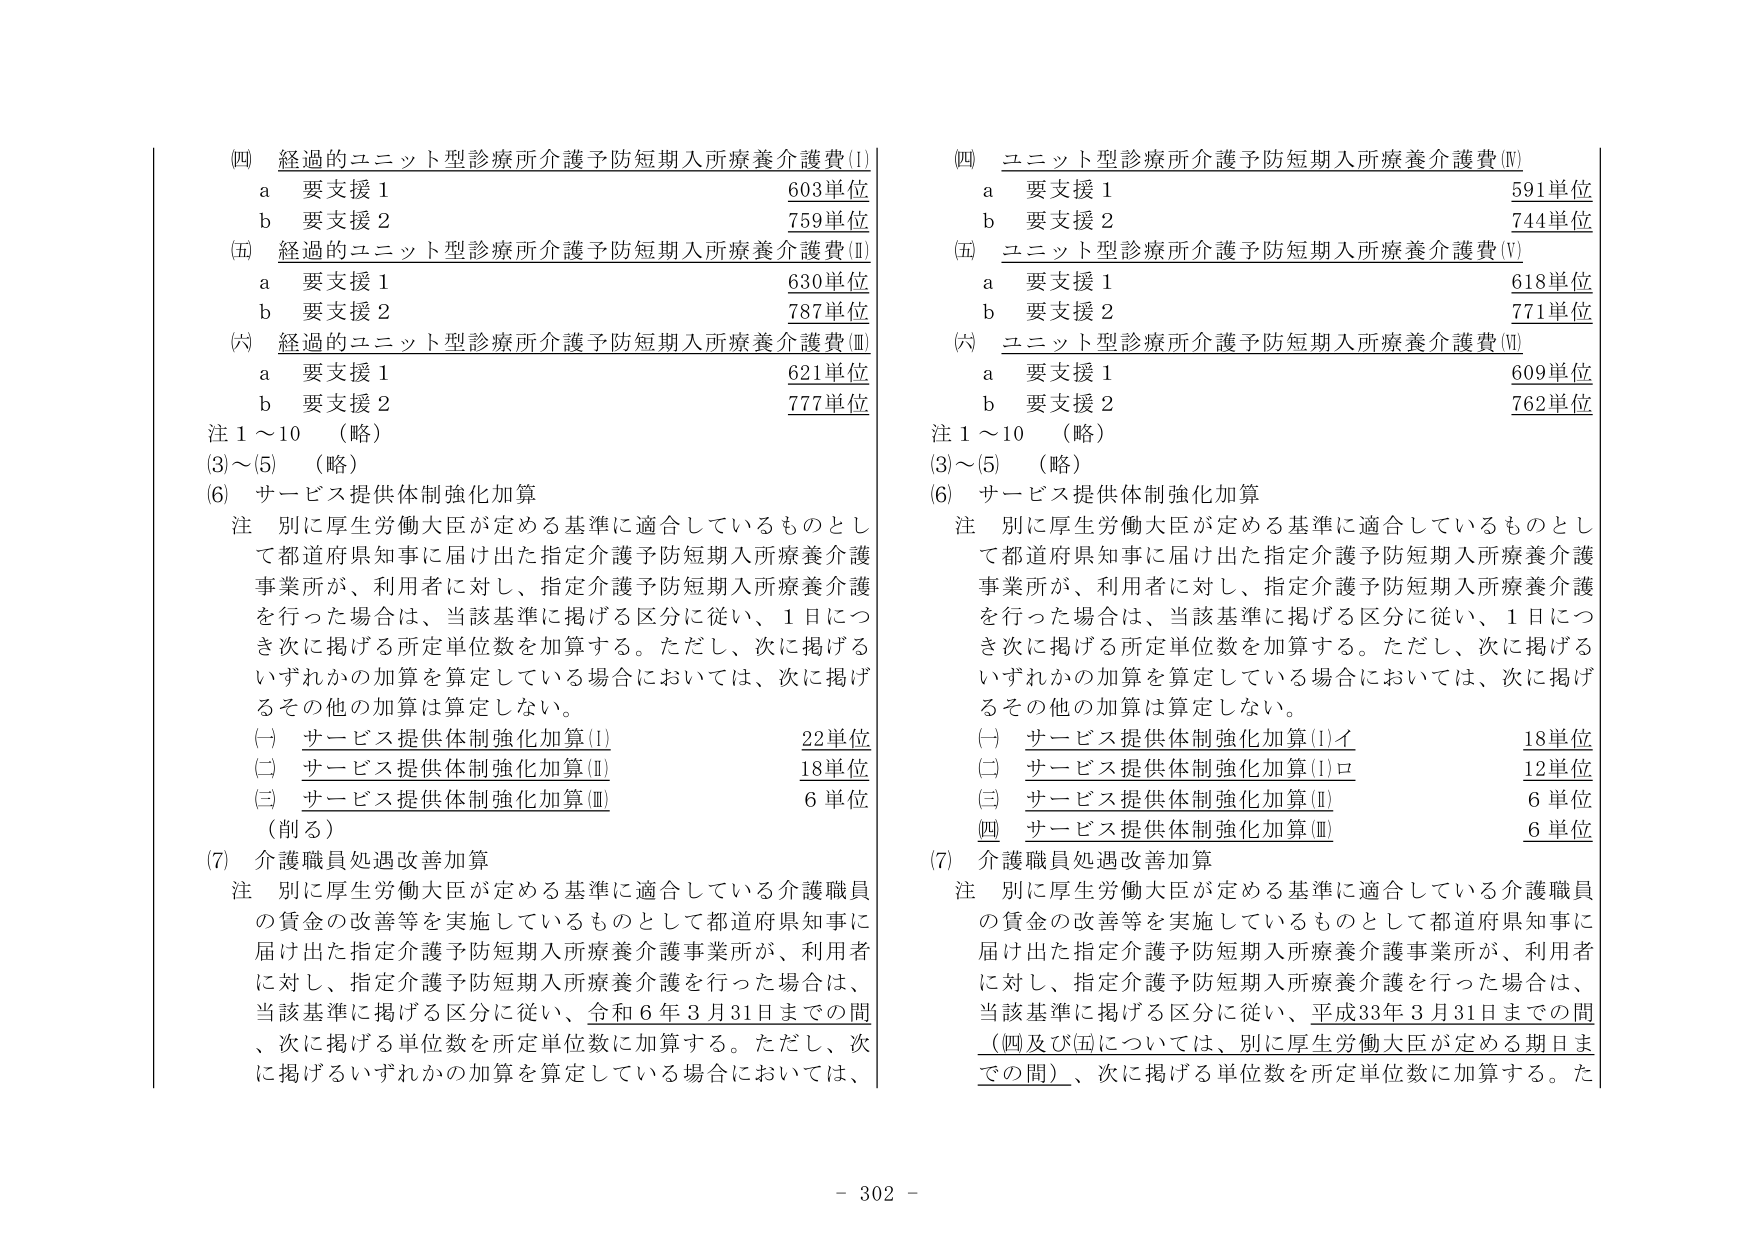
(四) 経過的ユニット型診療所介護予防短期入所療養介護費(I)
a 要支援1 603単位
b 要支援2 759単位

(五) 経過的ユニット型診療所介護予防短期入所療養介護費(II)
a 要支援1 630単位
b 要支援2 787単位

(六) 経過的ユニット型診療所介護予防短期入所療養介護費(III)
a 要支援1 621単位
b 要支援2 777単位

注1～10 （略）
(3)～(5) （略）

(6) サービス提供体制強化加算
注 別に厚生労働大臣が定める基準に適合しているものとして都道府県知事に届け出た指定介護予防短期入所療養介護事業所が、利用者に対し、指定介護予防短期入所療養介護を行った場合は、当該基準に掲げる区分に従い、1日につき次に掲げる所定単位数を加算する。ただし、次に掲げるいずれかの加算を算定している場合においては、次に掲げるその他の加算は算定しない。
(一) サービス提供体制強化加算(I) 22単位
(二) サービス提供体制強化加算(II) 18単位
(三) サービス提供体制強化加算(III) 6単位
（削る）

(7) 介護職員処遇改善加算
注 別に厚生労働大臣が定める基準に適合している介護職員の賃金の改善等を実施しているものとして都道府県知事に届け出た指定介護予防短期入所療養介護事業所が、利用者に対し、指定介護予防短期入所療養介護を行った場合は、当該基準に掲げる区分に従い、令和6年3月31日までの間、次に掲げる単位数を所定単位数に加算する。ただし、次に掲げるいずれかの加算を算定している場合においては、

(四) ユニット型診療所介護予防短期入所療養介護費(Ⅳ)
a 要支援1 591単位
b 要支援2 744単位

(五) ユニット型診療所介護予防短期入所療養介護費(Ⅴ)
a 要支援1 618単位
b 要支援2 771単位

(六) ユニット型診療所介護予防短期入所療養介護費(Ⅵ)
a 要支援1 609単位
b 要支援2 762単位

注1～10 （略）
(3)～(5) （略）

(6) サービス提供体制強化加算
注 別に厚生労働大臣が定める基準に適合しているものとして都道府県知事に届け出た指定介護予防短期入所療養介護事業所が、利用者に対し、指定介護予防短期入所療養介護を行った場合は、当該基準に掲げる区分に従い、1日につき次に掲げる所定単位数を加算する。ただし、次に掲げるいずれかの加算を算定している場合においては、次に掲げるその他の加算は算定しない。
(一) サービス提供体制強化加算(I)イ 18単位
(二) サービス提供体制強化加算(I)ロ 12単位
(三) サービス提供体制強化加算(II) 6単位
(四) サービス提供体制強化加算(III) 6単位

(7) 介護職員処遇改善加算
注 別に厚生労働大臣が定める基準に適合している介護職員の賃金の改善等を実施しているものとして都道府県知事に届け出た指定介護予防短期入所療養介護事業所が、利用者に対し、指定介護予防短期入所療養介護を行った場合は、当該基準に掲げる区分に従い、平成33年3月31日までの間（(四)及び(五)については、別に厚生労働大臣が定める期日までの間）、次に掲げる単位数を所定単位数に加算する。た

- 302 -